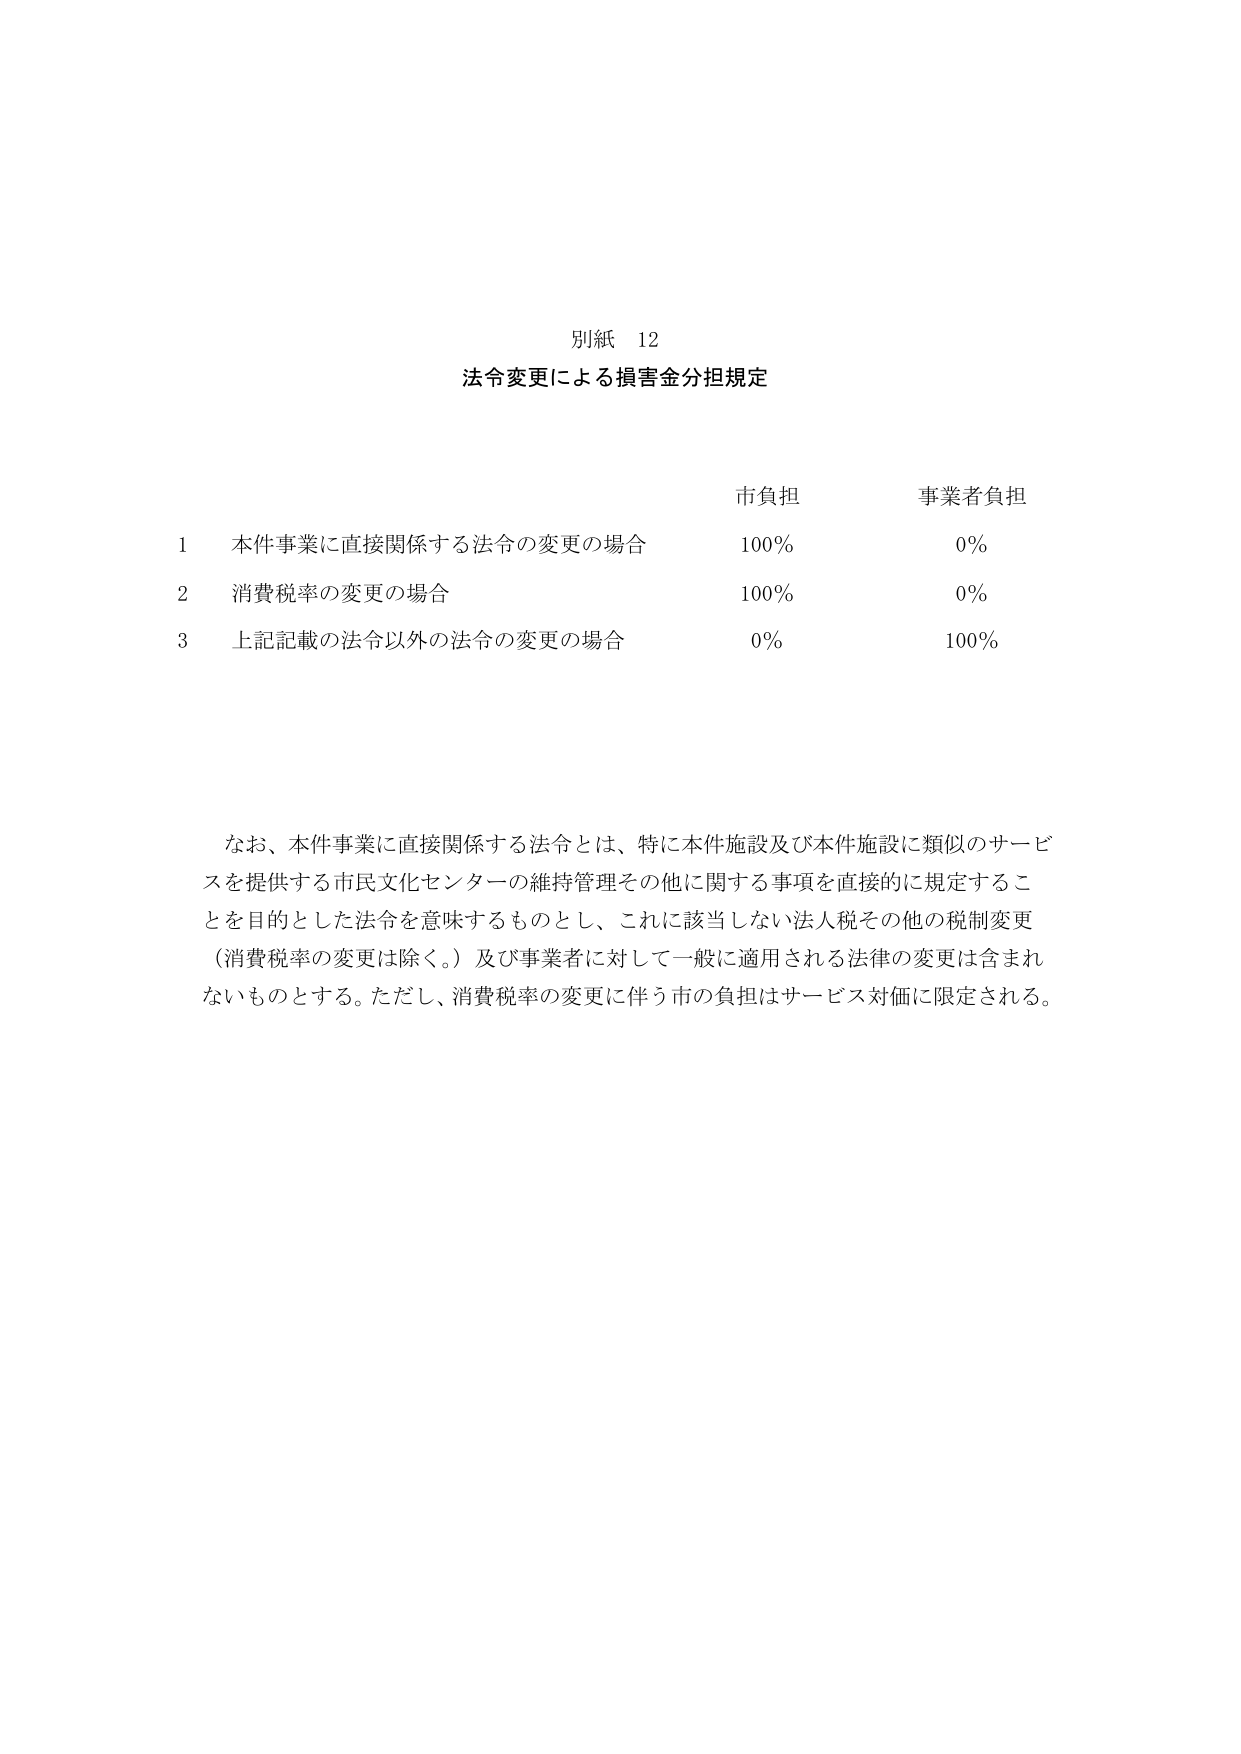
別紙 12
法令変更による損害金分担規定

市負担　　　　　事業者負担
1 本件事業に直接関係する法令の変更の場合　　　100%　　　　　0%
2 消費税率の変更の場合　　　　　　　　　　　　100%　　　　　0%
3 上記記載の法令以外の法令の変更の場合　　　　0%　　　　　　100%

なお、本件事業に直接関係する法令とは、特に本件施設及び本件施設に類似のサービスを提供する市民文化センターの維持管理その他に関する事項を直接的に規定することを目的とした法令を意味するものとし、これに該当しない法人税その他の税制変更（消費税率の変更は除く。）及び事業者に対して一般に適用される法律の変更は含まれないものとする。ただし、消費税率の変更に伴う市の負担はサービス対価に限定される。